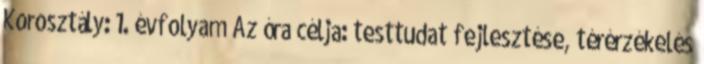
Korosztály: 1. évfolyam Az óra célja: testtudat fejlesztése, térérzékelés